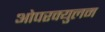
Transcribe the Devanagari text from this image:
ओपरक्युलम